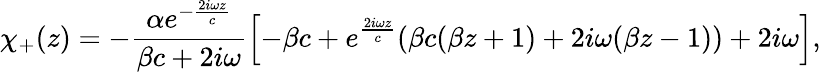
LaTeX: \chi_{+}(z)=-\frac{\alpha e^{-\frac{2i\omega z}{c}}}{\beta c+2i\omega}\left[-\beta c+e^{\frac{2i\omega z}{c}}(\beta c(\beta z+1)+2i\omega(\beta z-1))+2i\omega\right],